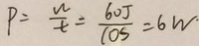
P = \frac { w } { t } = \frac { 6 0 J } { \cos } = 6 w \cdot